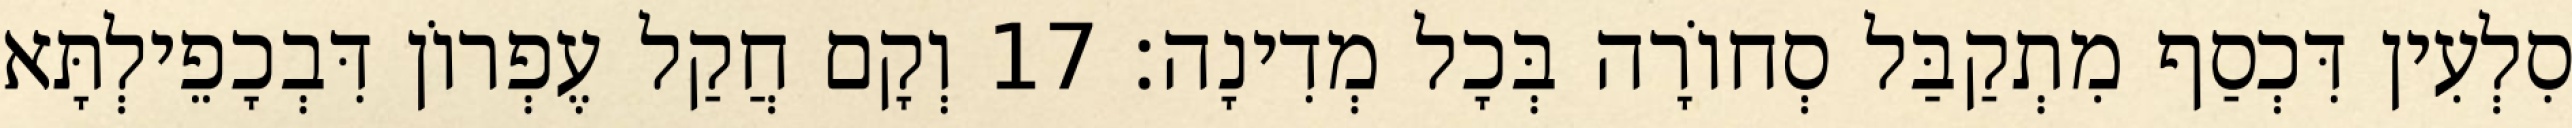
סִלְעִין דִּכְסַף מִתְקַבַּל סְחוֹרָה בְּכָל מְדִינָה׃ 17 וְקָם חֲקַל עֶפְרוֹן דִּבְכָפֵילְתָּא